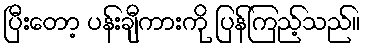
ပြီးတော့ ပန်းချီကားကို ပြန်ကြည့်သည်။